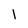
Character: 1